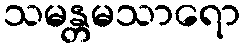
သမန္တမသာရော